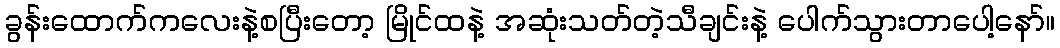
ခွန်းထောက်ကလေးနဲ့စပြီးတော့ မြိုင်ထနဲ့ အဆုံးသတ်တဲ့သီချင်းနဲ့ ပေါက်သွားတာပေါ့နော်။